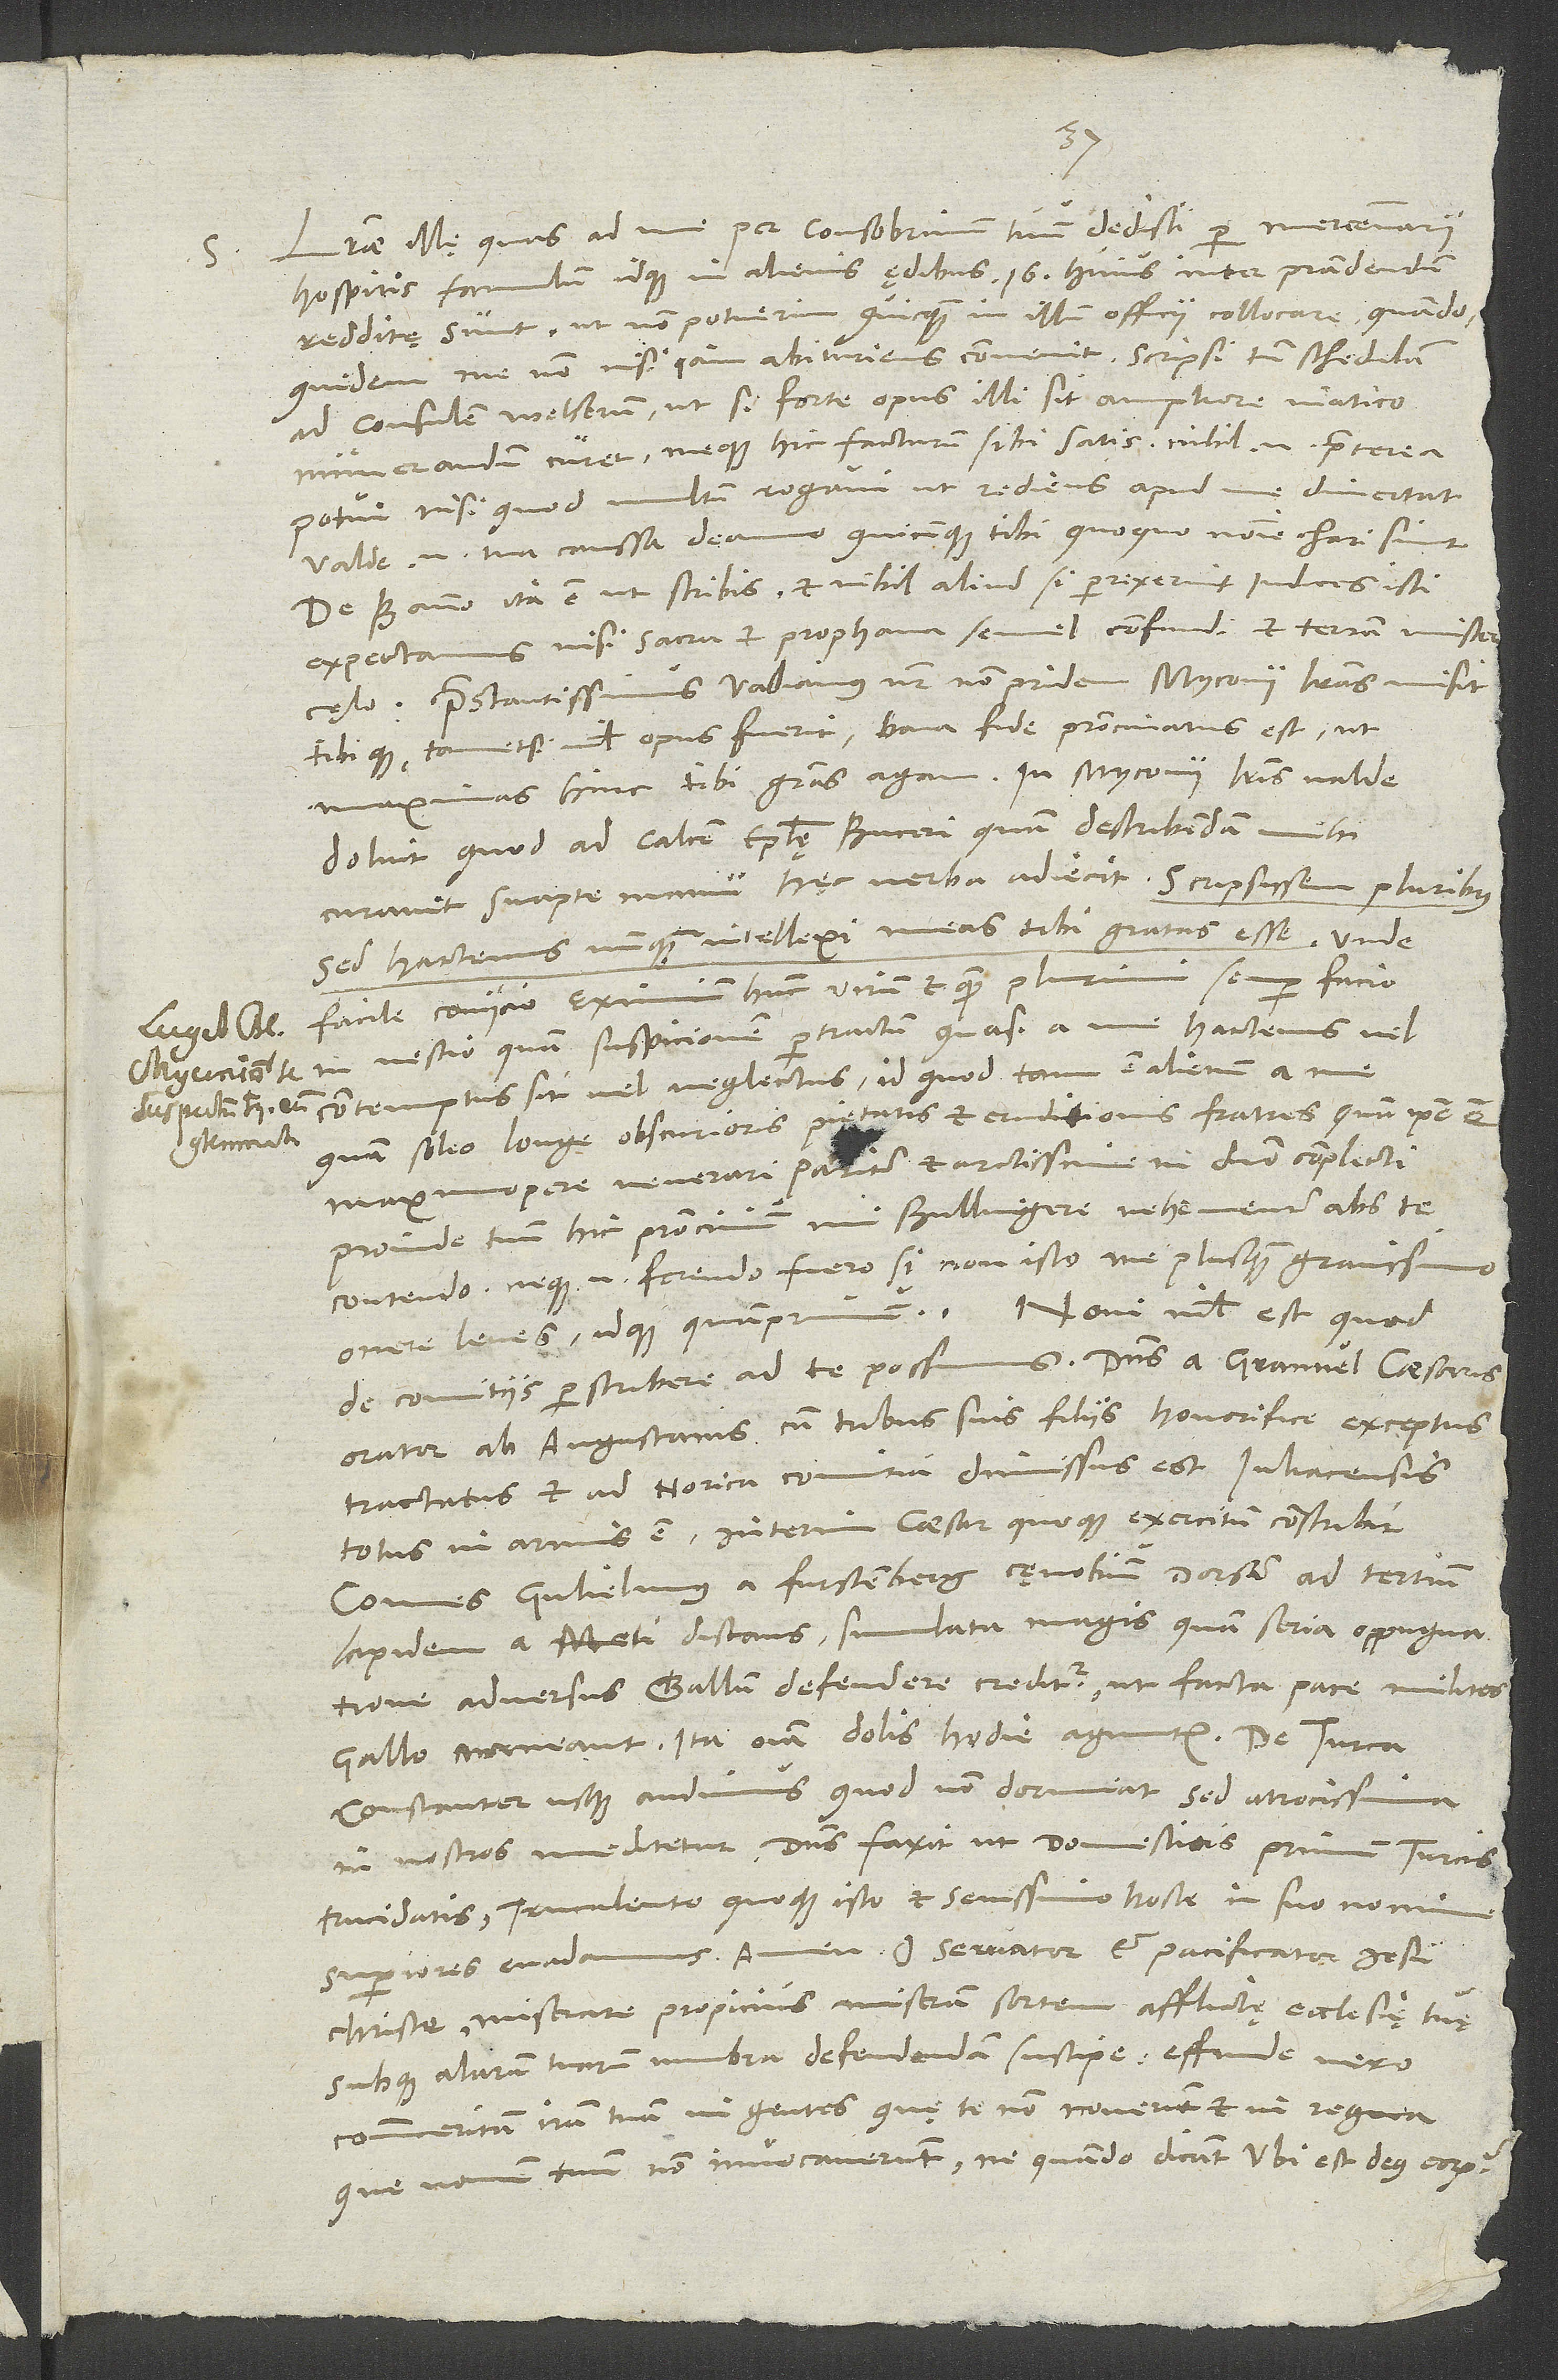
S. Literae illę, quas ad me per consobrinum tuum dedisti, per mercenarii
hospitis famulum idque in alienis ędibus 16. huius inter prandendum
redditę sunt, ut non potuerim quicquam in illum officii collocare, quandoquidem
me nonnisi iam abituriens convenit. Scripsi tamen schedulam
ad consulem Welserum, ut, si forte opus illi sit ampliore viatico,
numerandum curet meque hic facturum sibi satis; nihil enim praeterea
potui, nisi quod multum rogavi, ut rediens apud me divertat.
Valde enim tua caussa deamo, quicunque tibi quoquo nomine chari sint.
De banno ita est, ut scribis, et nihil aliud, si perrexerint iudices isti,
expectamus nisi sacra et prophana semel confundi et terram
cęlo. Praestantissimus Vadianus noster non pridem Myconii literas misit
tibique, tametsi nihil opus fuerit, bona fide patrocinatus est, ut
maximas hinc tibi gratias agam. In Myconii literis valde
doluit, quod ad calcem epistolę Buceri, quam describendam mihi
curavit, suapte manu hęc verba adiecit: „Scripsissem pluribus;
sed hactenus nunquam intellexi meas tibi gratas esse.“ Unde
facile coniicio eximium hunc virum, et quem plurimi semper facio,
in nescio quam suspicionem pertractum, quasi a me hactenus vel
contemptus sit vel neglectus, id quod tam est alienum a me,
quam soleo longe obscurioris pietatis et eruditionis fratres, quam ipse est,
maximopere venerari pariter et arctissime in domino complecti.
Proinde tuum hic patrocinium, mi Bullingere, vehementer abs te
contendo; neque enim ferendo fuero, si non isto me plusquam gravissimo
de comitiis perscribere ad te possemus. Dominus a Granvel, caesaris
orator, ab Augustanis cum tribus suis filiis honorifice exceptus,
tractatus et ad Norica comitia dimissus est. Iuliacensis
totus in armis est; interim caesar quoque exercitum conscribit.
Comes Gulielmus a Furstenberg cęnobium Dorsam ad tertium
lapidem a Meti distans simulata magis quam seria oppugnatione
adversus Gallum defendere creditur, ut facta pace milites
Gallo maneant; ita omnia dolis hodie aguntur. De Turca
constanter usque audimus, quod non dormiat, sed atrocissima
in nostros meditetur. Dominus faxit, ut domesticis primum Turcis
trucidatis truculento quoque isto et sevissimo hoste in suo nomine
Christe, miserare propicius miseram sortem afflictę ecclesię tuę
subque alarum tuarum umbra defendendam suscipe; effunde vero
commeritam iram tuam in gentes, quę te non noverunt, et in regna,
que nomen tuum non invocaverunt, ne quando dicant: „Ubi est deus eorum?“